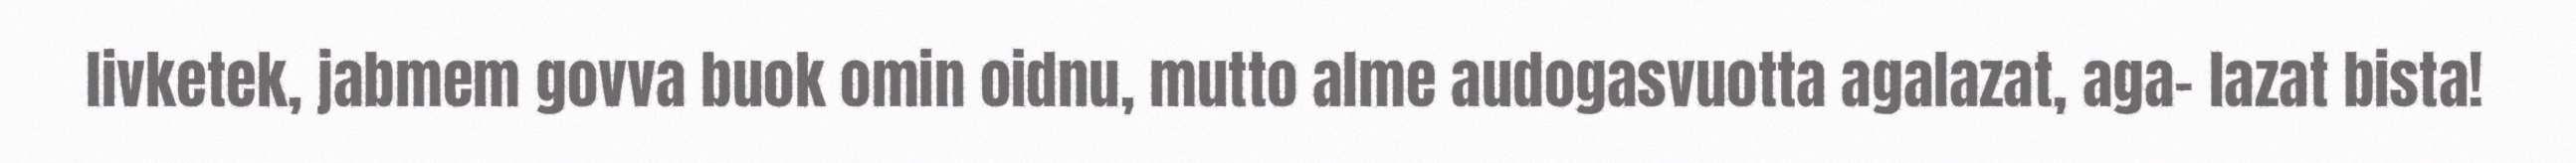
livketek, jabmem govva buok omin oidnu, mutto alme audogasvuotta agalazat, aga- lazat bista!